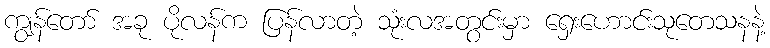
ကျွန်တော် အခု ပိုလန်က ပြန်လာတဲ့ သုံးလအတွင်းမှာ ရှေးဟောင်းသုတေသနနဲ့